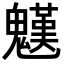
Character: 𩴓